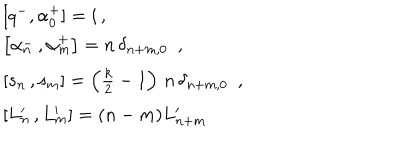
\begin{array} { l } { { \lbrack q ^ { - } , \alpha _ { 0 } ^ { + } ] = i \, , } } \\ { { \left[ \alpha _ { n } ^ { - } \, , \alpha _ { m } ^ { + } \right] = n \, \delta _ { n + m , 0 } \, \, \, , } } \\ { { \left[ s _ { n } \, , s _ { m } \right] = \left( \frac k 2 - 1 \right) \, n \, \delta _ { n + m , 0 } \, \, \, , } } \\ { { \left[ L _ { n } ^ { \prime } \, , L _ { m } ^ { \prime } \right] = ( n - m ) L _ { n + m } ^ { \prime } } } \\ \end{array}